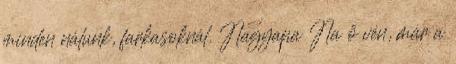
minden nálunk, farkasoknál. Nagyapa Na ő vén, már a